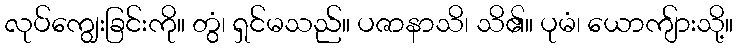
လုပ်ကျွေးခြင်းကို။ တွံ၊ ရှင်မသည်။ ပဇာနာသိ၊ သိ၏။ ပုမံ၊ ယောကျ်ားသို့။